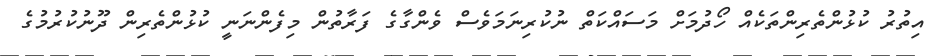
އިތުރު ކުޅުންތެރިންތަކެއް ހޯދުމަށް މަސައްކަތް ނުކުރިނަމަވެސް ވެންގާގެ ފަރާތުން މިފެންނަނީ ކުޅުންތެރިން ދޫނުކުރުމުގެ